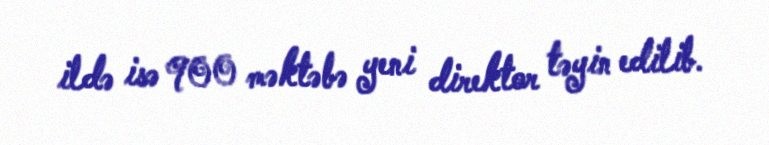
ildə isə 900 məktəbə yeni direktor təyin edilib.